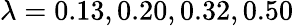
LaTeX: \lambda=0.13,0.20,0.32,0.50